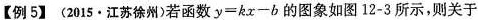
【例5】(2015 \cdot 江苏徐州)若函数$$y = k x - b$$的图象如图12-3所示，则关于